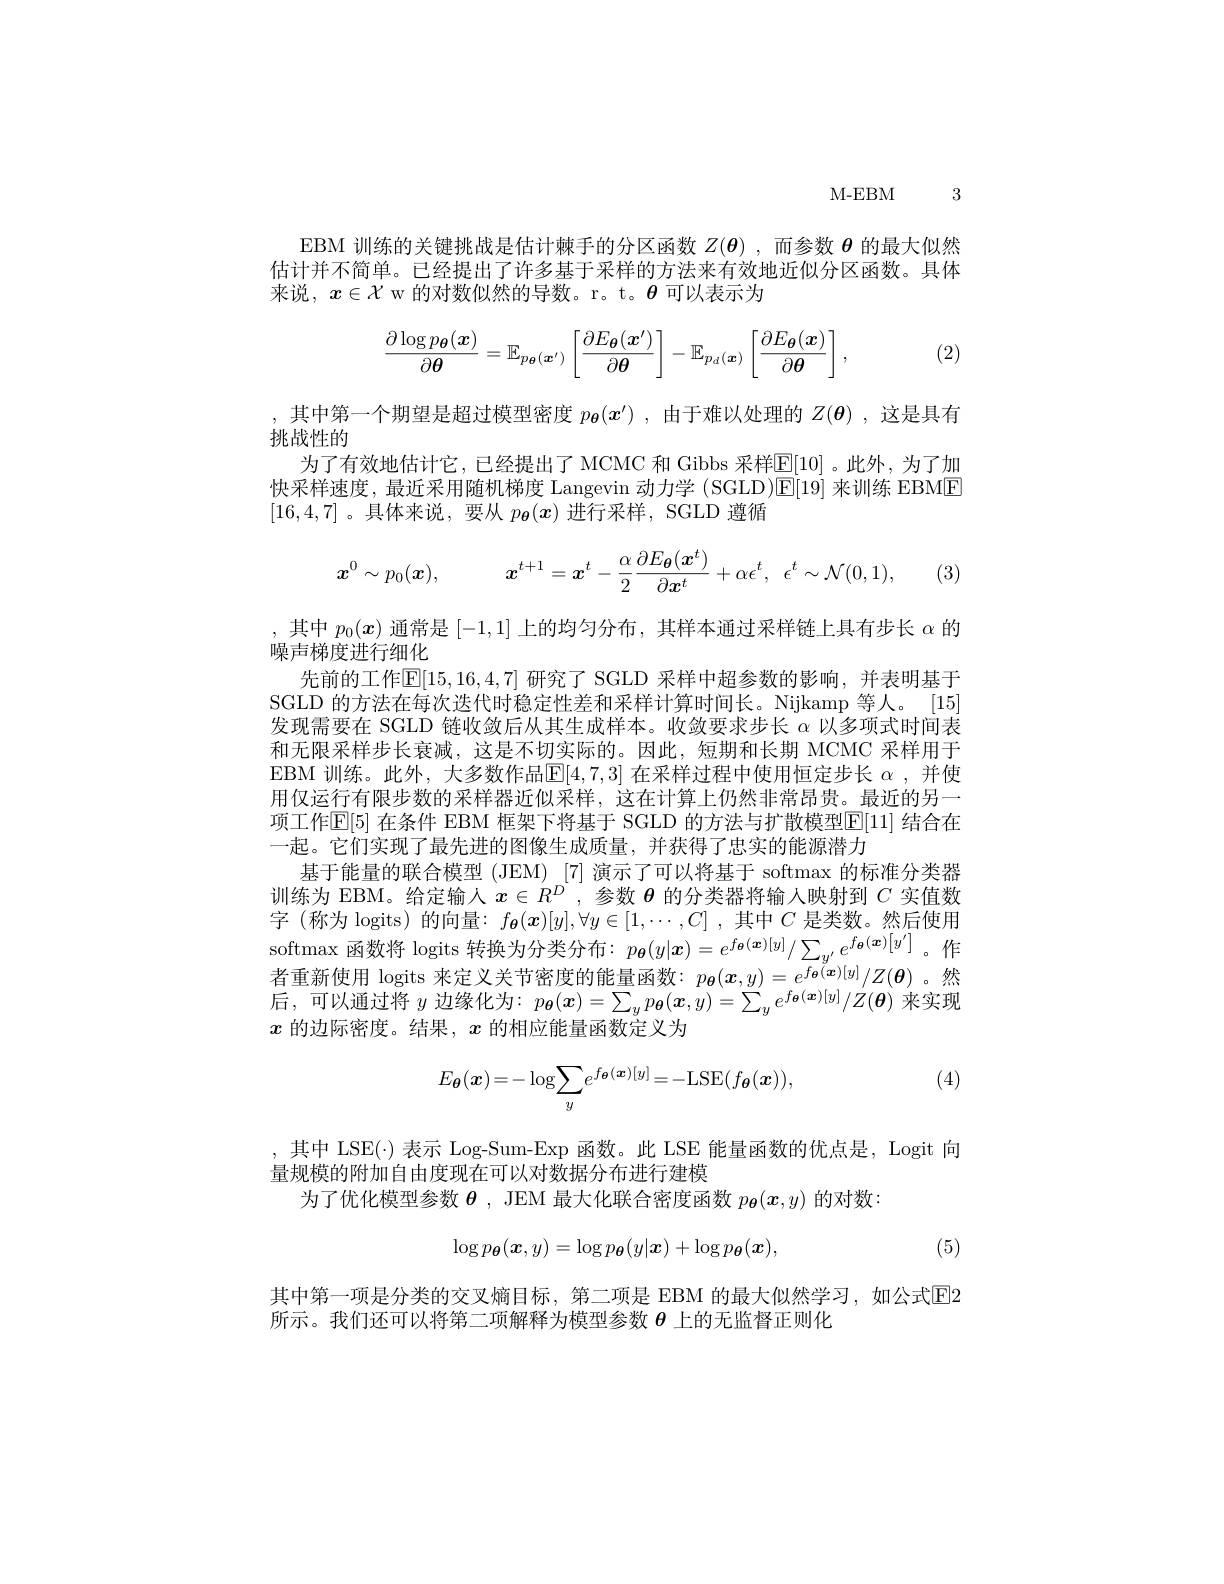
M- EBM 3

EBM 训练的关键挑战是估计棘手的分区函数$Z(\boldsymbol{\theta})$ ,而参数$\boldsymbol{\theta}$的最大似然估计并不简单。已经提出了许多基于采样的方法来有效地近似分区函数。具体来说，$x\in\mathcal{X}$ w 的对数似然的导数。r。t。$\theta$可以表示为
$$\dfrac{\partial\log p_{\boldsymbol{\theta}}(\boldsymbol{x})}{\partial\boldsymbol{\theta}}=\mathbb{E}_{p_{\boldsymbol{\theta}}(\boldsymbol{x}')}\left[\dfrac{\partial E_{\boldsymbol{\theta}}(\boldsymbol{x}')}{\partial\boldsymbol{\theta}}\right]-\mathbb{E}_{p_{d}(\boldsymbol{x})}\left[\dfrac{\partial E_{\boldsymbol{\theta}}(\boldsymbol{x})}{\partial\boldsymbol{\theta}}\right],$$
(2)

,其中第一个期望是超过模型密度$p_{\boldsymbol{\theta}}(x^{\prime})$ ,由于难以处理的$Z(\boldsymbol{\theta})$ ,这是具有
挑战性的
为了有效地估计它，已经提出了 MCMC 和 Gibbs 采样$\underline{\underline{E}}[10]$。此外，为了加快采样速度，最近采用随机梯度 Langevin 动力学 (SGLD)$\mathbb{E}[19]$来训练 EBME [16,4,7] 。具体来说，要从$p_{\boldsymbol{\theta}}(x)$进行采样，SGLD 遵循
$$x^0\sim p_0(\boldsymbol{x}),\quad\boldsymbol{x}^{t+1}=\boldsymbol{x}^t-\frac{\alpha}{2}\frac{\partial E_{\boldsymbol{\theta}}(\boldsymbol{x}^t)}{\partial\boldsymbol{x}^t}+\alpha\epsilon^t,\:\epsilon^t\sim\mathcal{N}(0,1),$$
SGLD 的方法在每次迭代时稳定性差和采样计算时间长。Nijkamp 等人。[15] 发现需要在 SGLD 链收敛后从其生成样本。收敛要求步长$\alpha$以多项式时间表

,其中$p_0(x)$通常是[-1,1]上的均匀分布，其样本通过采样链上具有步长$\alpha$的
噪声梯度进行细化
先前的工作[E[15,16,4,7] 研究了 SGLD 采样中超参数的影响，并表明基于和无限采样步长衰减，这是不切实际的。因此，短期和长期 MCMC 采样用于EBM 训练。此外，大多数作品$\mathbb{E}[4,7,3]$在采样过程中使用恒定步长$\alpha$,并使用仅运行有限步数的采样器近似采样，这在计算上仍然非常昂贵。最近的另一项工作E[5] 在条件 EBM 框架下将基于 SGLD 的方法与扩散模型E[11] 结合在一起。它们实现了最先进的图像生成质量，并获得了忠实的能源潜力
基于能量的联合模型 (JEM) [7] 演示了可以将基于 softmax 的标准分类器训练为 EBM。给定输人$x\in R^D$ ,参数$\theta$的分类器将输入映射到$C$实值数字 (称为 logits) 的向量：$f_{\boldsymbol{\theta}}(\boldsymbol{x})[y],\forall y\in[1,\cdots,C]$ ,其中$C$是类数。然后使用softmax 函数将 logits 转换为分类分布：$p_{\boldsymbol{\theta}}(y|\boldsymbol{x})=e^{f_{\boldsymbol{\theta}}(\boldsymbol{x})[y]}/\sum_{y^{\prime}}e^{f_{\boldsymbol{\theta}}(\boldsymbol{x})\left[y^{\prime}\right]}$。作者重新使用 logits 来定义关节密度的能量函数$:p_{\boldsymbol{\theta}}(\boldsymbol{x},y)=e^{f_{\boldsymbol{\theta}}(\boldsymbol{x})[y]}/Z(\boldsymbol{\theta})$。然后，可以通过将$y$边缘化为：$p_{\boldsymbol{\theta}}(\boldsymbol{x})=\sum_yp_{\boldsymbol{\theta}}(\boldsymbol{x},y)=\sum_ye^{f_{\boldsymbol{\theta}}(\boldsymbol{x})[y]}/Z(\boldsymbol{\theta})$来实现$x$的边际密度。结果，$x$的相应能量函数定义为

(4)
$$E_{\boldsymbol{\theta}}(\boldsymbol{x})=-\log\sum_{y}e^{f_{\boldsymbol{\theta}}(\boldsymbol{x})[y]}=-\mathrm{LSE}(f_{\boldsymbol{\theta}}(\boldsymbol{x})),$$
,其中 LSE(·) 表示 Log-Sum-Exp 函数。此 LSE 能量函数的优点是，Logit 向
量规模的附加自由度现在可以对数据分布进行建模
为了优化模型参数$\boldsymbol{\theta}$, JEM 最大化联合密度函数$p_{\boldsymbol{\theta}}(\boldsymbol{x},y)$的对数
$$\log p_{\boldsymbol{\theta}}(\boldsymbol{x},y)=\log p_{\boldsymbol{\theta}}(y|\boldsymbol{x})+\log p_{\boldsymbol{\theta}}(\boldsymbol{x}),$$
(5)

其中第一项是分类的交叉熵目标，第二项是 EBM 的最大似然学习，如公式$\overline{\mathrm{E}}$2
所示。我们还可以将第二项解释为模型参数$\theta$上的无监督正则化